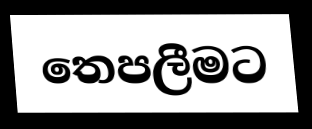
තෙපලීමට